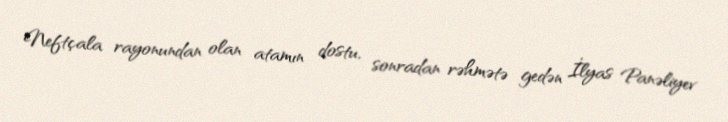
Neftçala rayonundan olan atamın dostu, sonradan rəhmətə gedən İlyas Panəliyev